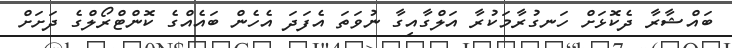
ބައްޝާރާ ދެކޮޅަށް ހަނގުރާމަކުރާ އަލްގާއިގާ ނުވަތަ އެފަދަ އެހެން ބައެއްގެ ކޮންޓްރޯލްގެ ދަށަށް